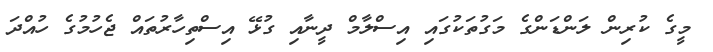
މީގެ ކުރިން ލަންޑަންގެ މަގުތަކުގައި އިސްލާމް ދީނާއި ގުޅޭ އިސްތިހާރުތައް ޖެހުމުގެ ހުއްދަ